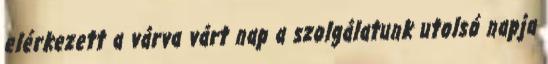
elérkezett a várva várt nap a szolgálatunk utolsó napja